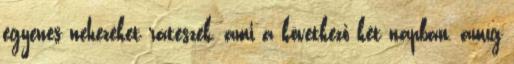
egyenes nehezéket ráteszek, ami a következő két napban, amíg